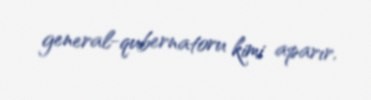
general-qubernatoru kimi aparır.